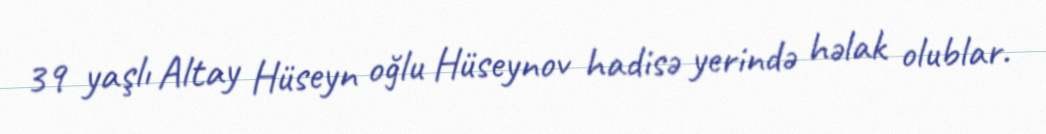
39 yaşlı Altay Hüseyn oğlu Hüseynov hadisə yerində həlak olublar.